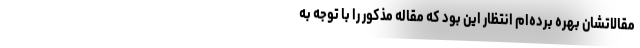
مقالاتشان بهره برده‌ام انتظار این بود که مقاله مذکور را با توجه به